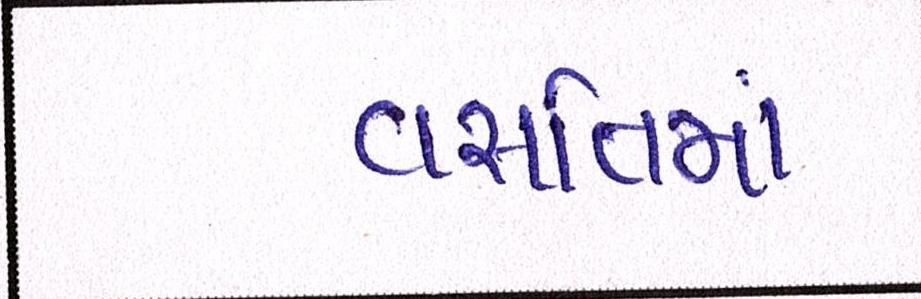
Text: વસતિમાં